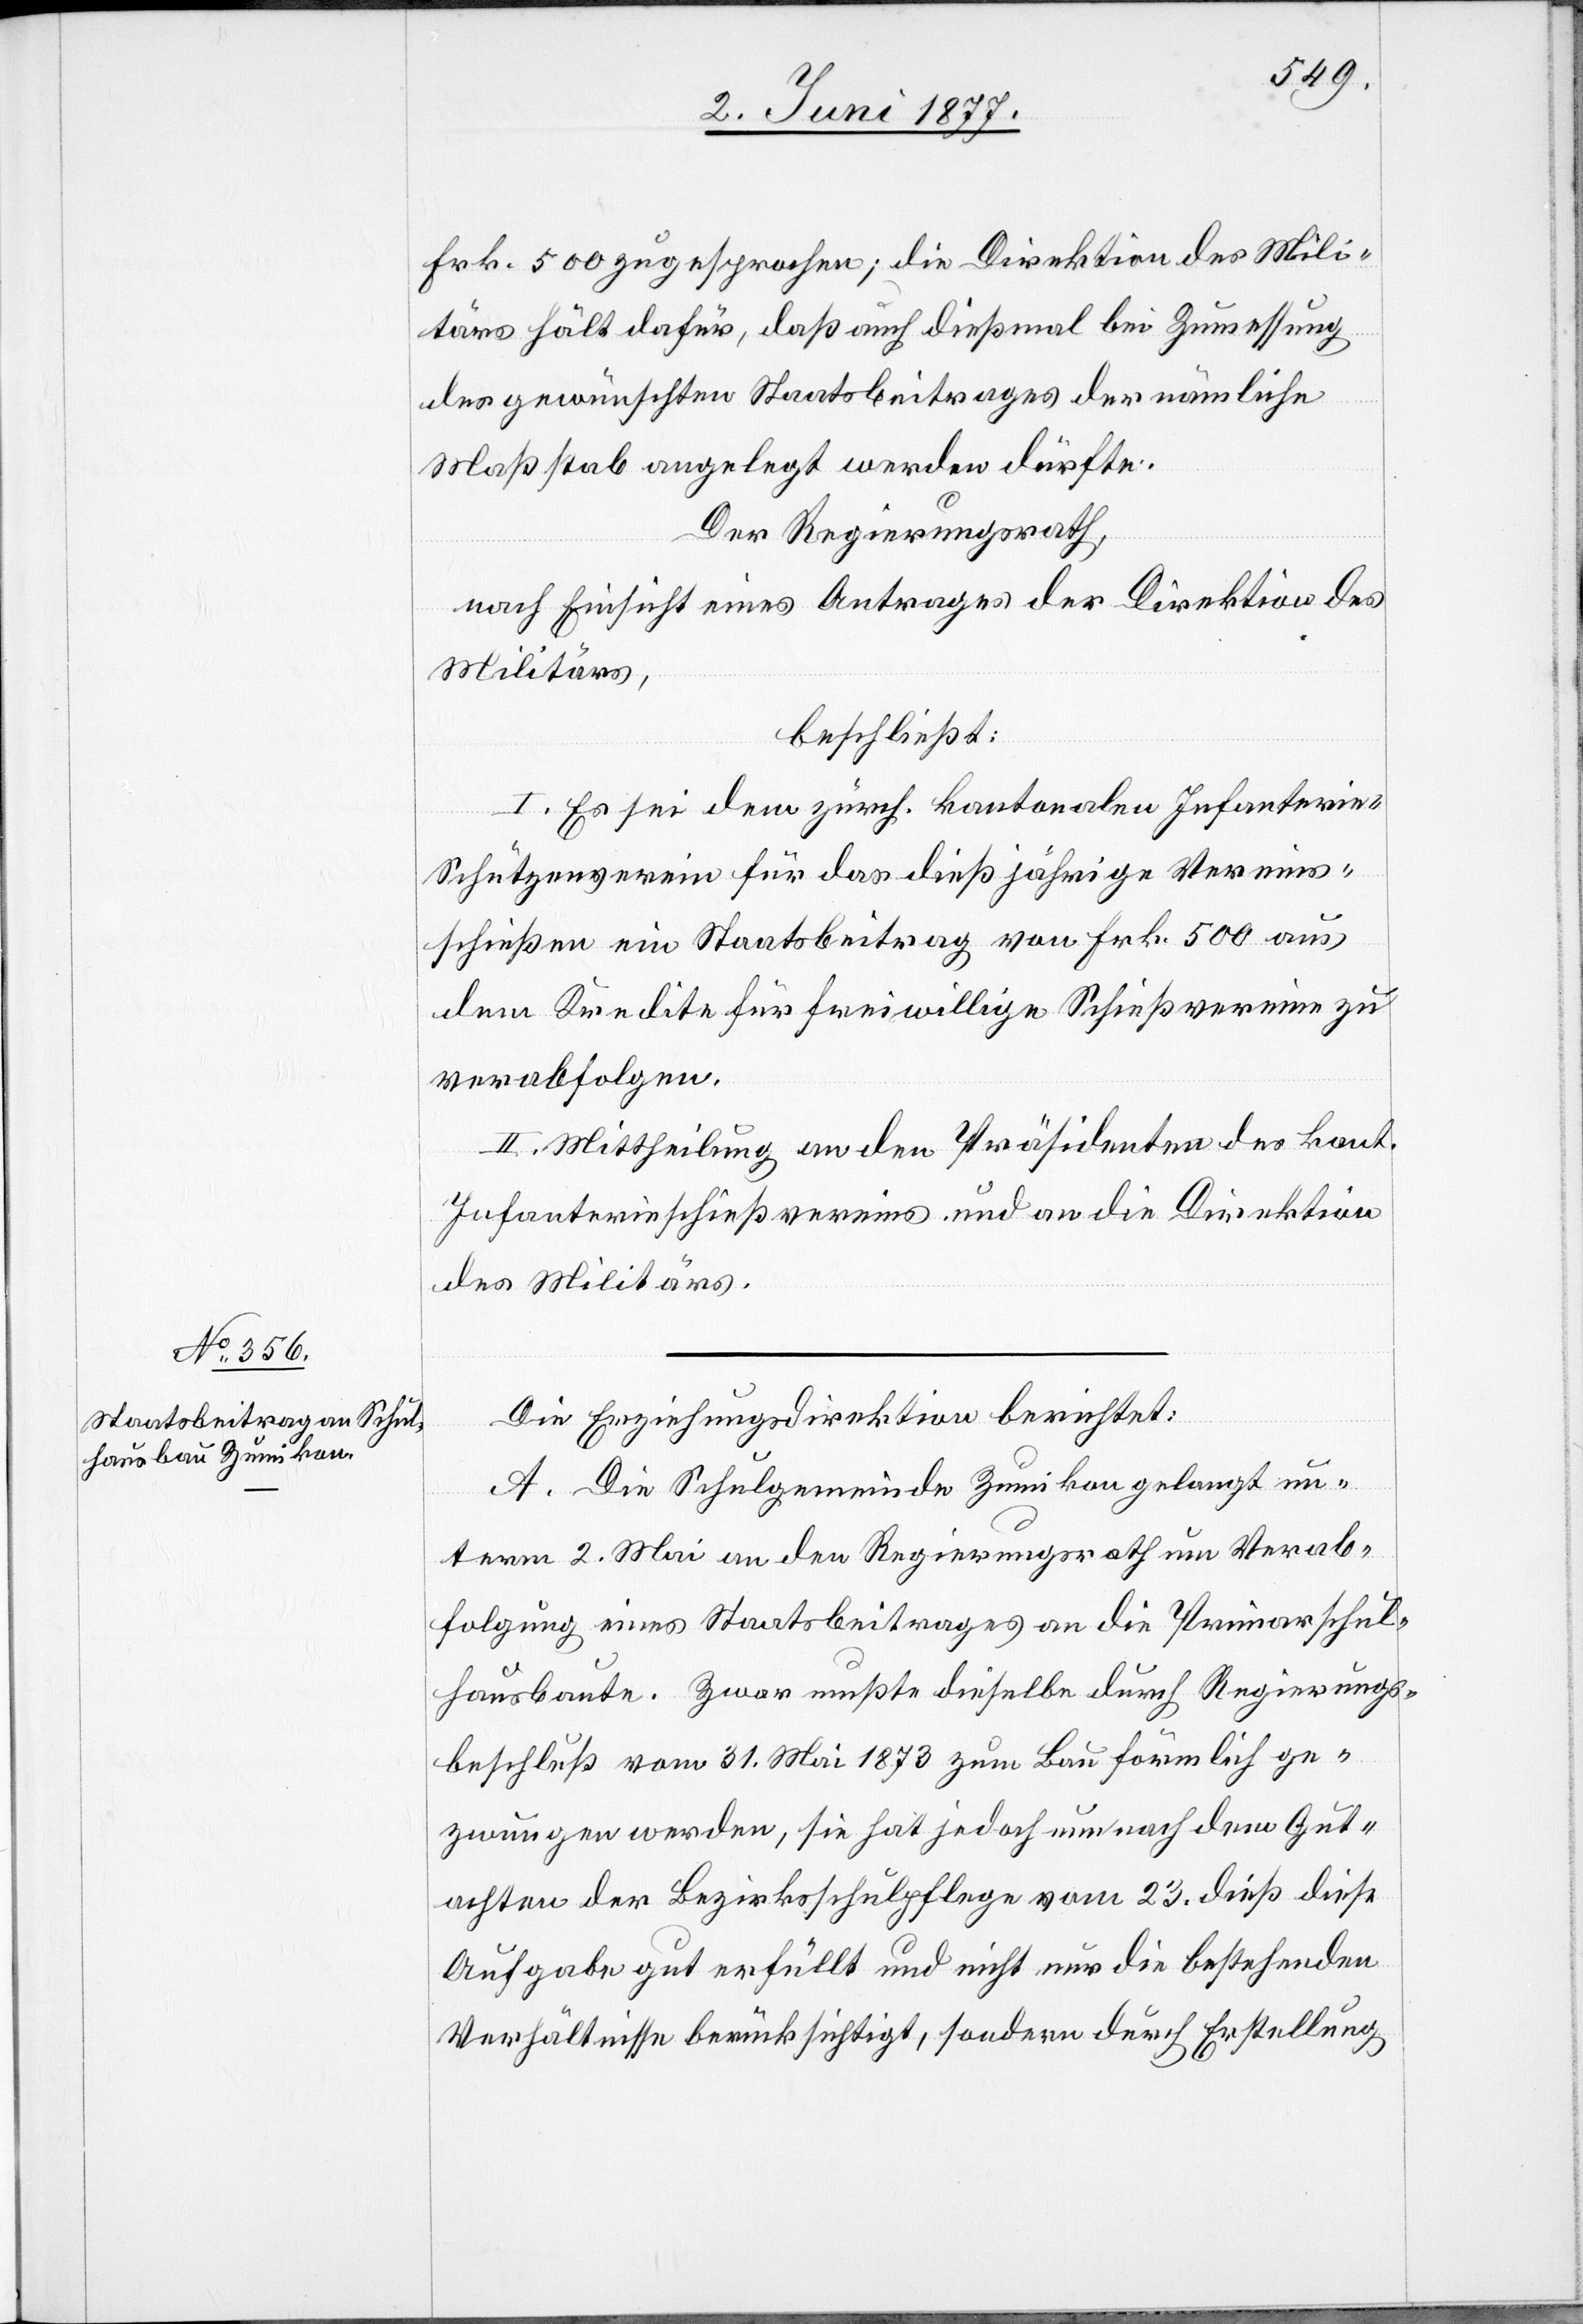
Frk. 500 zugesprochen; die Direktion des Mili¬
tärs hält dafür. daß auch dießmal bei Zumessung
des gewünschten Staatsbeitrages der nämliche
Maßstab angelegt werden dürfte.
Der Regierungsrath,
nach Einsicht eines Antrages der Direktion des
Militärs,
beschließt:
I. Es sei dem zürch. kantonalen Infanteri¬
e-Schützenverein für das dießjährige Vereins¬
schießen ein Staatsbeitrag von Frk. 500 aus
dem Kredite für freiwillige Schießvereine zu
verabfolgen.
II. Mittheilung an den Präsidenten des kant.
Infanterieschießvereins und an die Direktion
des Militärs.
Die Erziehungsdirektion berichtet:
A. Die Schulgemeinde Zumikon gelangt un¬
term 2. Mai an den Regierungsrath um Verab¬
folgung eines Staatsbeitrages an die Primarschul¬
hausbaute. Zwar mußte dieselbe durch Regierungs¬
beschluß vom 31. Mai 1873 zum Bau förmlich ge¬
zwungen werden, sie hat jedoch nun nach dem Gut¬
achten der Bezirksschulpflege vom 23. dieß diese
Aufgabe gut erfüllt und nicht nur die bestehenden
Verhältnisse berücksichtigt, sondern durch Erstellung